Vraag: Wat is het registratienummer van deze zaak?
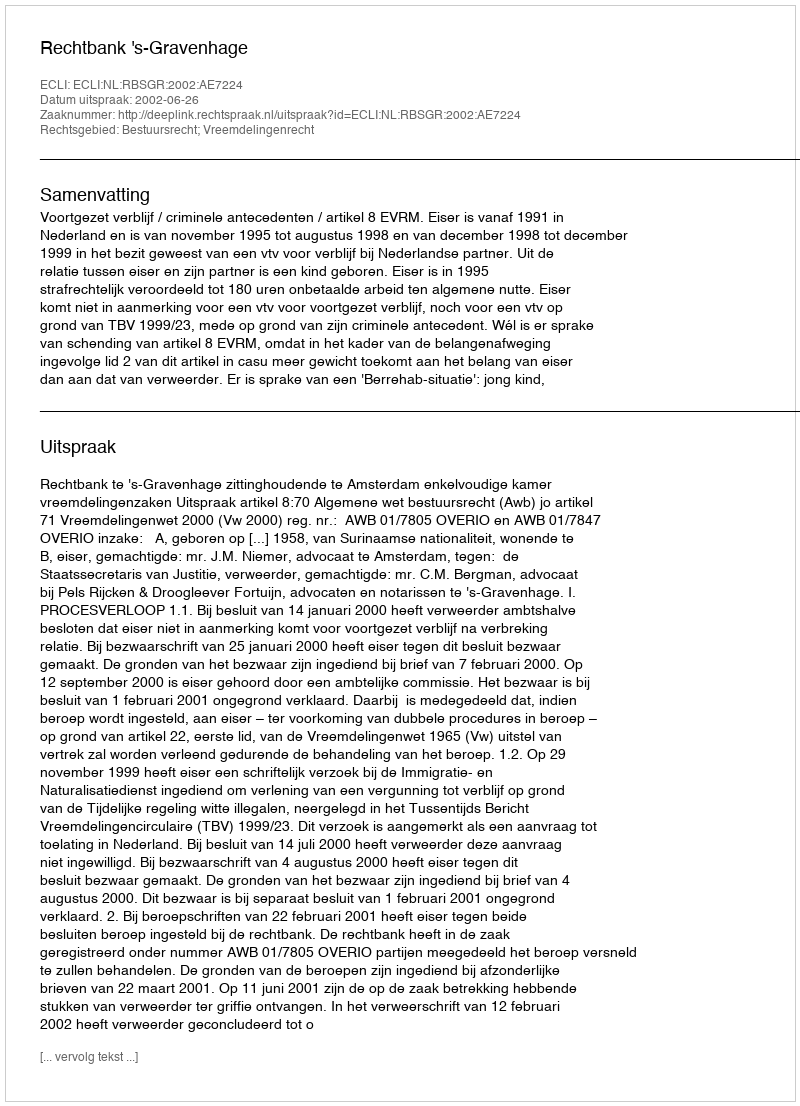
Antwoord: http://deeplink.rechtspraak.nl/uitspraak?id=ECLI:NL:RBSGR:2002:AE7224